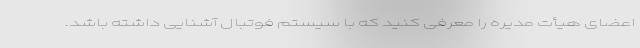
اعضای هیأت مدیره را معرفی کنید که با سیستم فوتبال آشنایی داشته باشد.